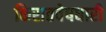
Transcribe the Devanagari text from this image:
किरातवेषधारी